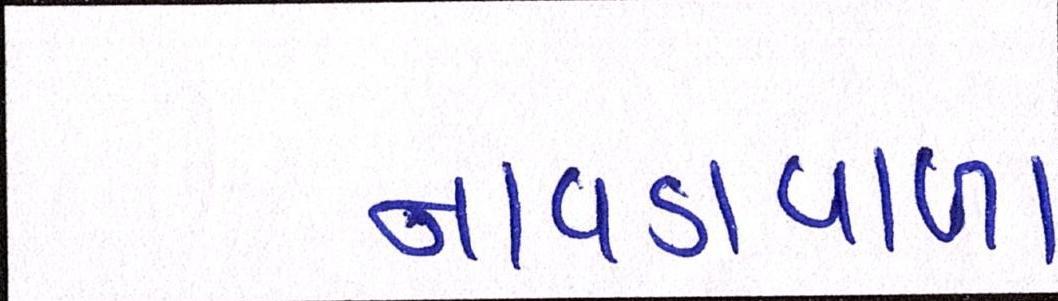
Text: નાવડાવાળા